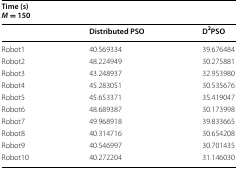
| <COLSPAN=3> Time (s)M = 150 |
 |  | Distributed PSO | D2PSO |
 | --- | --- | --- |
 | Robot1 | 40.569334 | 39.676484 |
 | Robot2 | 48.224949 | 30.275881 |
 | Robot3 | 43.248937 | 32.953980 |
 | Robot4 | 45.283051 | 30.535676 |
 | Robot5 | 45.653371 | 35.419047 |
 | Robot6 | 48.689387 | 30.173998 |
 | Robot7 | 49.968918 | 39.833665 |
 | Robot8 | 40.314716 | 30.654208 |
 | Robot9 | 40.546997 | 30.701435 |
 | Robot10 | 40.272204 | 31.146030 |